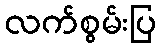
လက်စွမ်းပြ